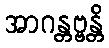
အာဂန္တဗ္ဗန္တိ